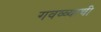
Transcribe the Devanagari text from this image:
गवळ्याची